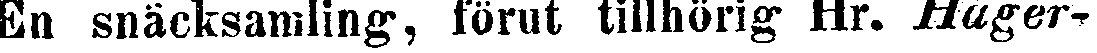
En snäcksamling, förut tillhörig Hr. Hager-